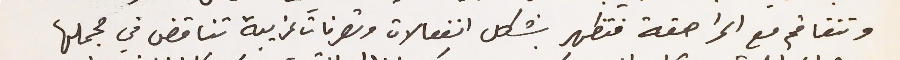
وتتفاقم مع المراهقة فتظهر بشكل انفعالات وتصرفات غريبة تناقض في مجملها